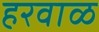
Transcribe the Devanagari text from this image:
हरवाळ